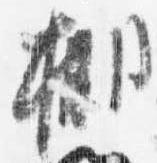
棚